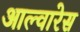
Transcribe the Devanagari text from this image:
आल्वारेस